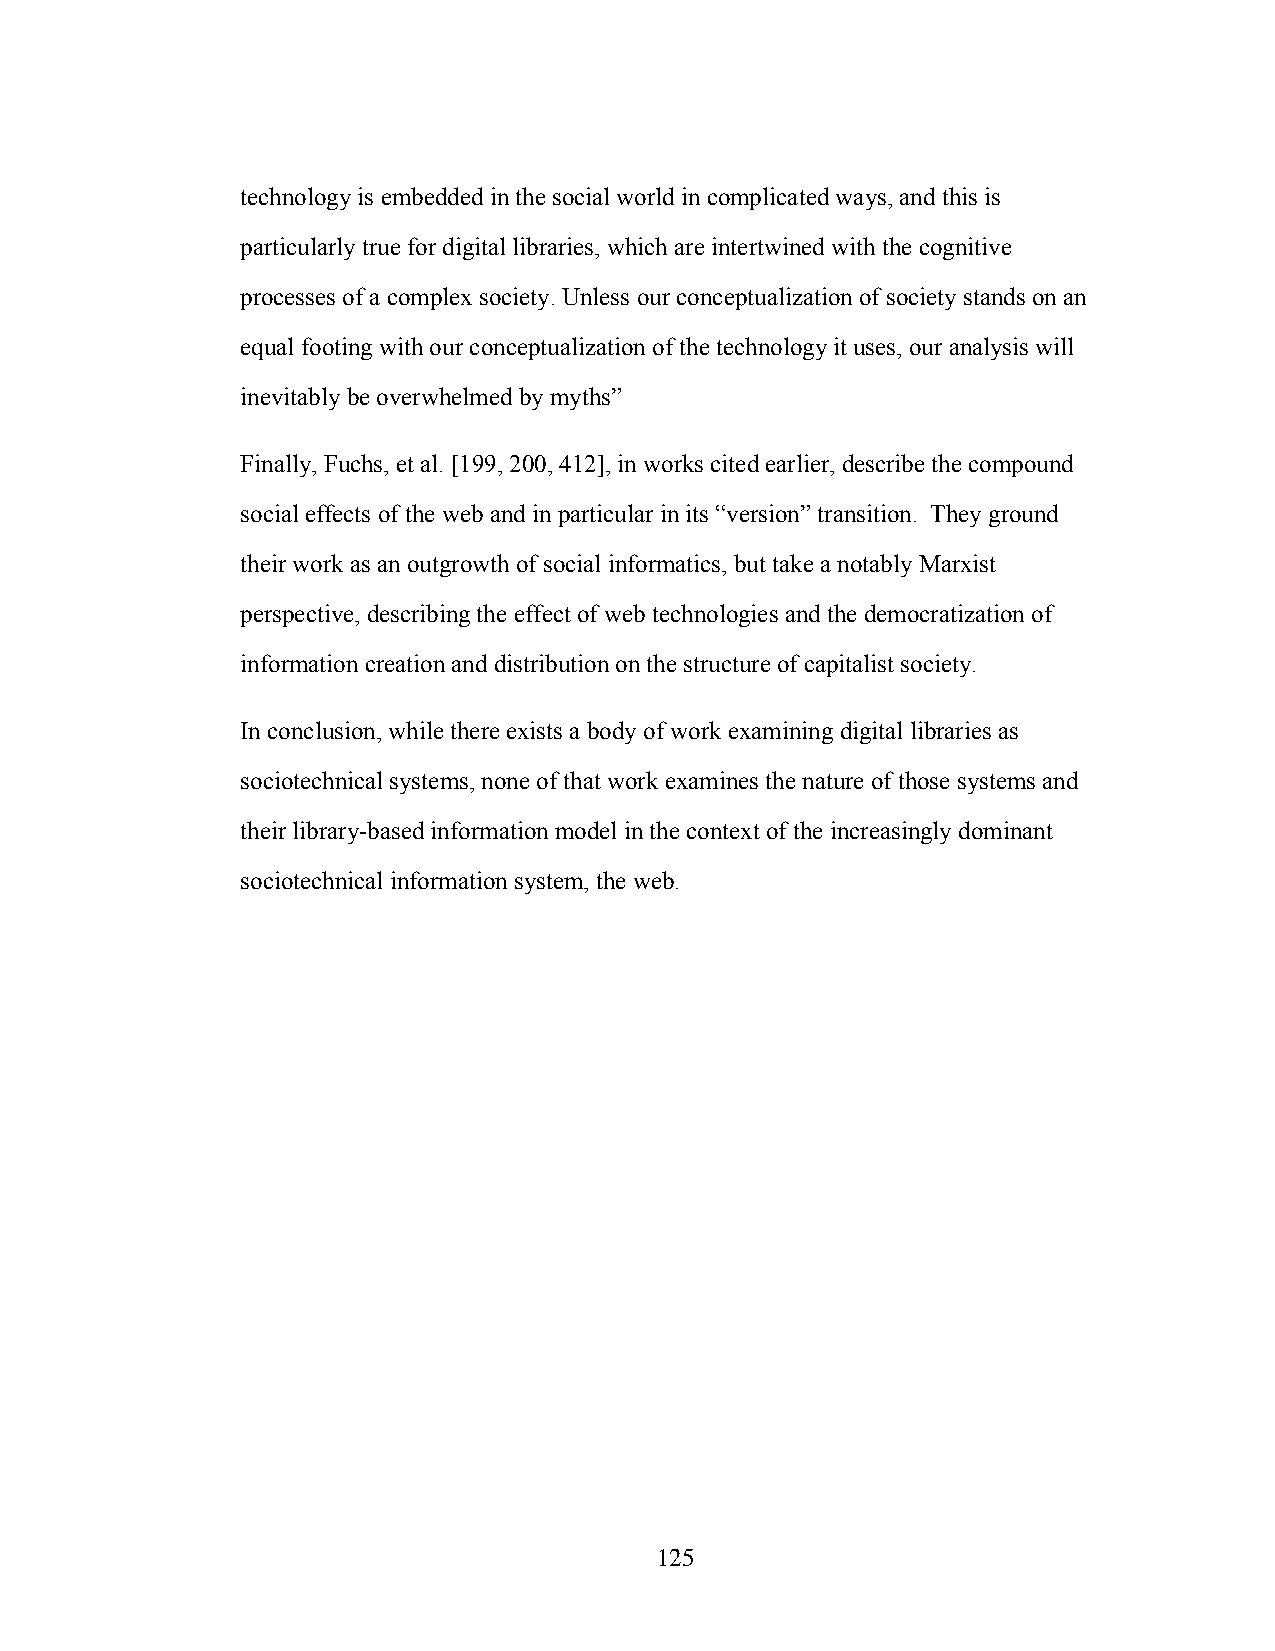
technology is embedded in the social world in complicated ways, and this is
 particularly true for digital libraries, which are intertwined with the cognitive
 processes of a complex society. Unless our conceptualization of society stands on an
 equal footing with our conceptualization of the technology it uses, our analysis will
 inevitably be overwhelmed by myths”
 Finally, Fuchs, et al. [199, 200, 412], in works cited earlier, describe the compound
 social effects of the web and in particular in its “version” transition. They ground
 their work as an outgrowth of social informatics, but take a notably Marxist
 perspective, describing the effect of web technologies and the democratization of
 information creation and distribution on the structure of capitalist society.
 In conclusion, while there exists a body of work examining digital libraries as
 sociotechnical systems, none of that work examines the nature of those systems and
 their library-based information model in the context of the increasingly dominant
 sociotechnical information system, the web.
 125